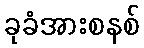
ခုခံအားစနစ်